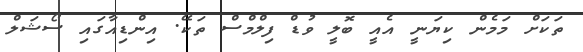
ތަކަށް މަމެން ކިޔަނީ އެއީ ބޮލީ ވުޑް ފިލްމްސް ތަކޭ. އިންޑިއާގައި ސޯޝަލް